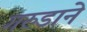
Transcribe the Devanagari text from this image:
गरुडाने